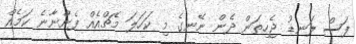
ފަސް ލަނޑު ޖެހިތަން ދެން ނޭނގެ މި ކަހަލަ މެޗްއެއް ފެންނާނެ ކަމެއް